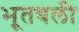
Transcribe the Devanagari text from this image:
भूतबली